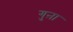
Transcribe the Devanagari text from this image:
गुऩा